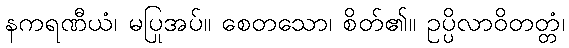
နကရဏီယံ၊ မပြုအပ်။ စေတသော၊ စိတ်၏။ ဥပ္ပိလာဝိတတ္တံ၊